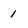
Character: 1